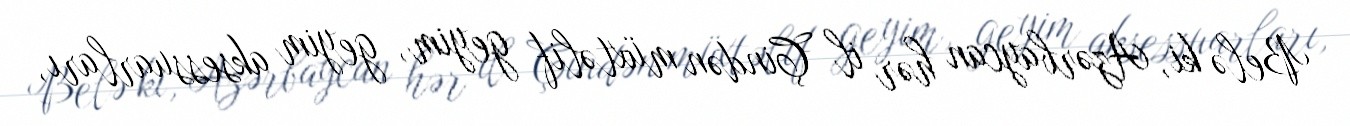
Belə ki, Azərbaycan hər il Çindən müxtəlif geyim, geyim aksessuarları,